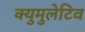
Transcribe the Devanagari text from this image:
क्युमुलेटिव